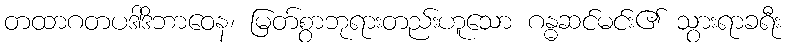
တထာဂတပဒါဒိဘာဝေန၊ မြတ်စွာဘုရားတည်းဟူသော ဂန္ဓဆင်မင်း၏ သွားရာခရီး